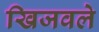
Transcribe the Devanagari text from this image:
खिजवले